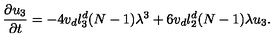
\frac { \partial u _ { 3 } } { \partial t } = - 4 v _ { d } l _ { 3 } ^ { d } ( N - 1 ) \lambda ^ { 3 } + 6 v _ { d } l _ { 2 } ^ { d } ( N - 1 ) \lambda { u } _ { 3 } .